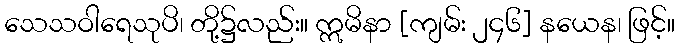
သေသဝါရေသုပိ၊ တို့၌လည်း။ ဣမိနာ [ကျမ်း ၂၄၆] နယေန၊ ဖြင့်။